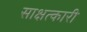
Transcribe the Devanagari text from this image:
साक्षत्कारी